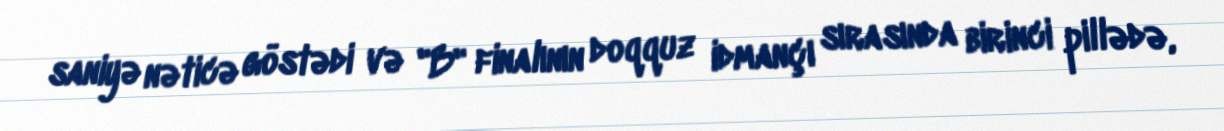
saniyə nəticə göstədi və "B" finalının doqquz idmançı sırasında birinci pillədə,